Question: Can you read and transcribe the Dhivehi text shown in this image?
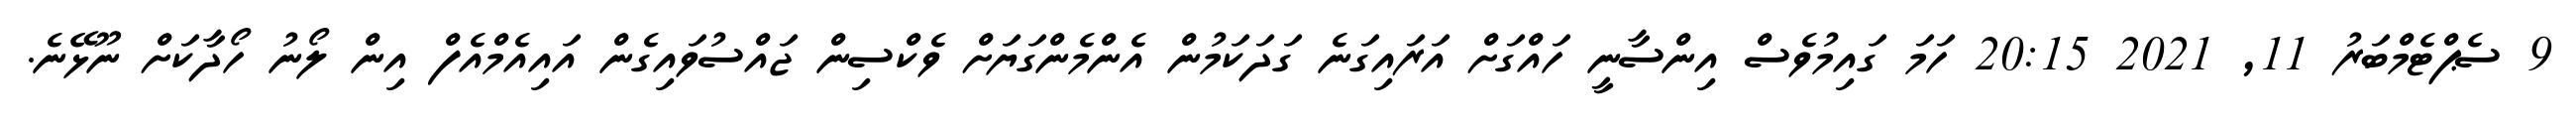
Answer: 9 ސެޕްޓެމްބަރު 11, 2021 20:15 ހަމަ ގައިމުވެސް އިންސާނީ ހައްގަށް އަރައިގަނެ ގަދަކަމުން އެންމެންގަޔަށް ވެކްސިން ޖައްސުވައިގެން އައިއެމްއެފް އިން ލޯނު ހޯދާކަށް ނޫޅޭނެ.